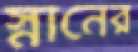
স্নানের